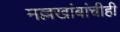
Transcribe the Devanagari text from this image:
मल्लखांबांचीही